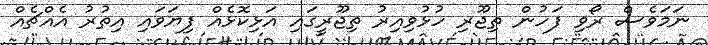
ނަމަވެސް ރޯވި ފަހުން ތިޖޫރި ހުޅުވިއިރު ތިޖޫރީގައި އަޅިކޮޅެއް ފިޔަވައި އިތުރު އެއްޗެއް